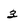
Character: 3